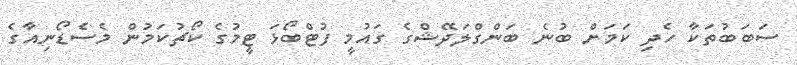
ސަބަބުތަކާ ހެދި ކަމަށް ބުނެ ބަންގްލަދޭޝްގެ ގައުމީ ފުޓްބޯޅަ ޓީމުގެ ކޯޗުކަމުން މެސެޑޯނިއާގެ